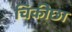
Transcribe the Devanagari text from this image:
चिकीछा